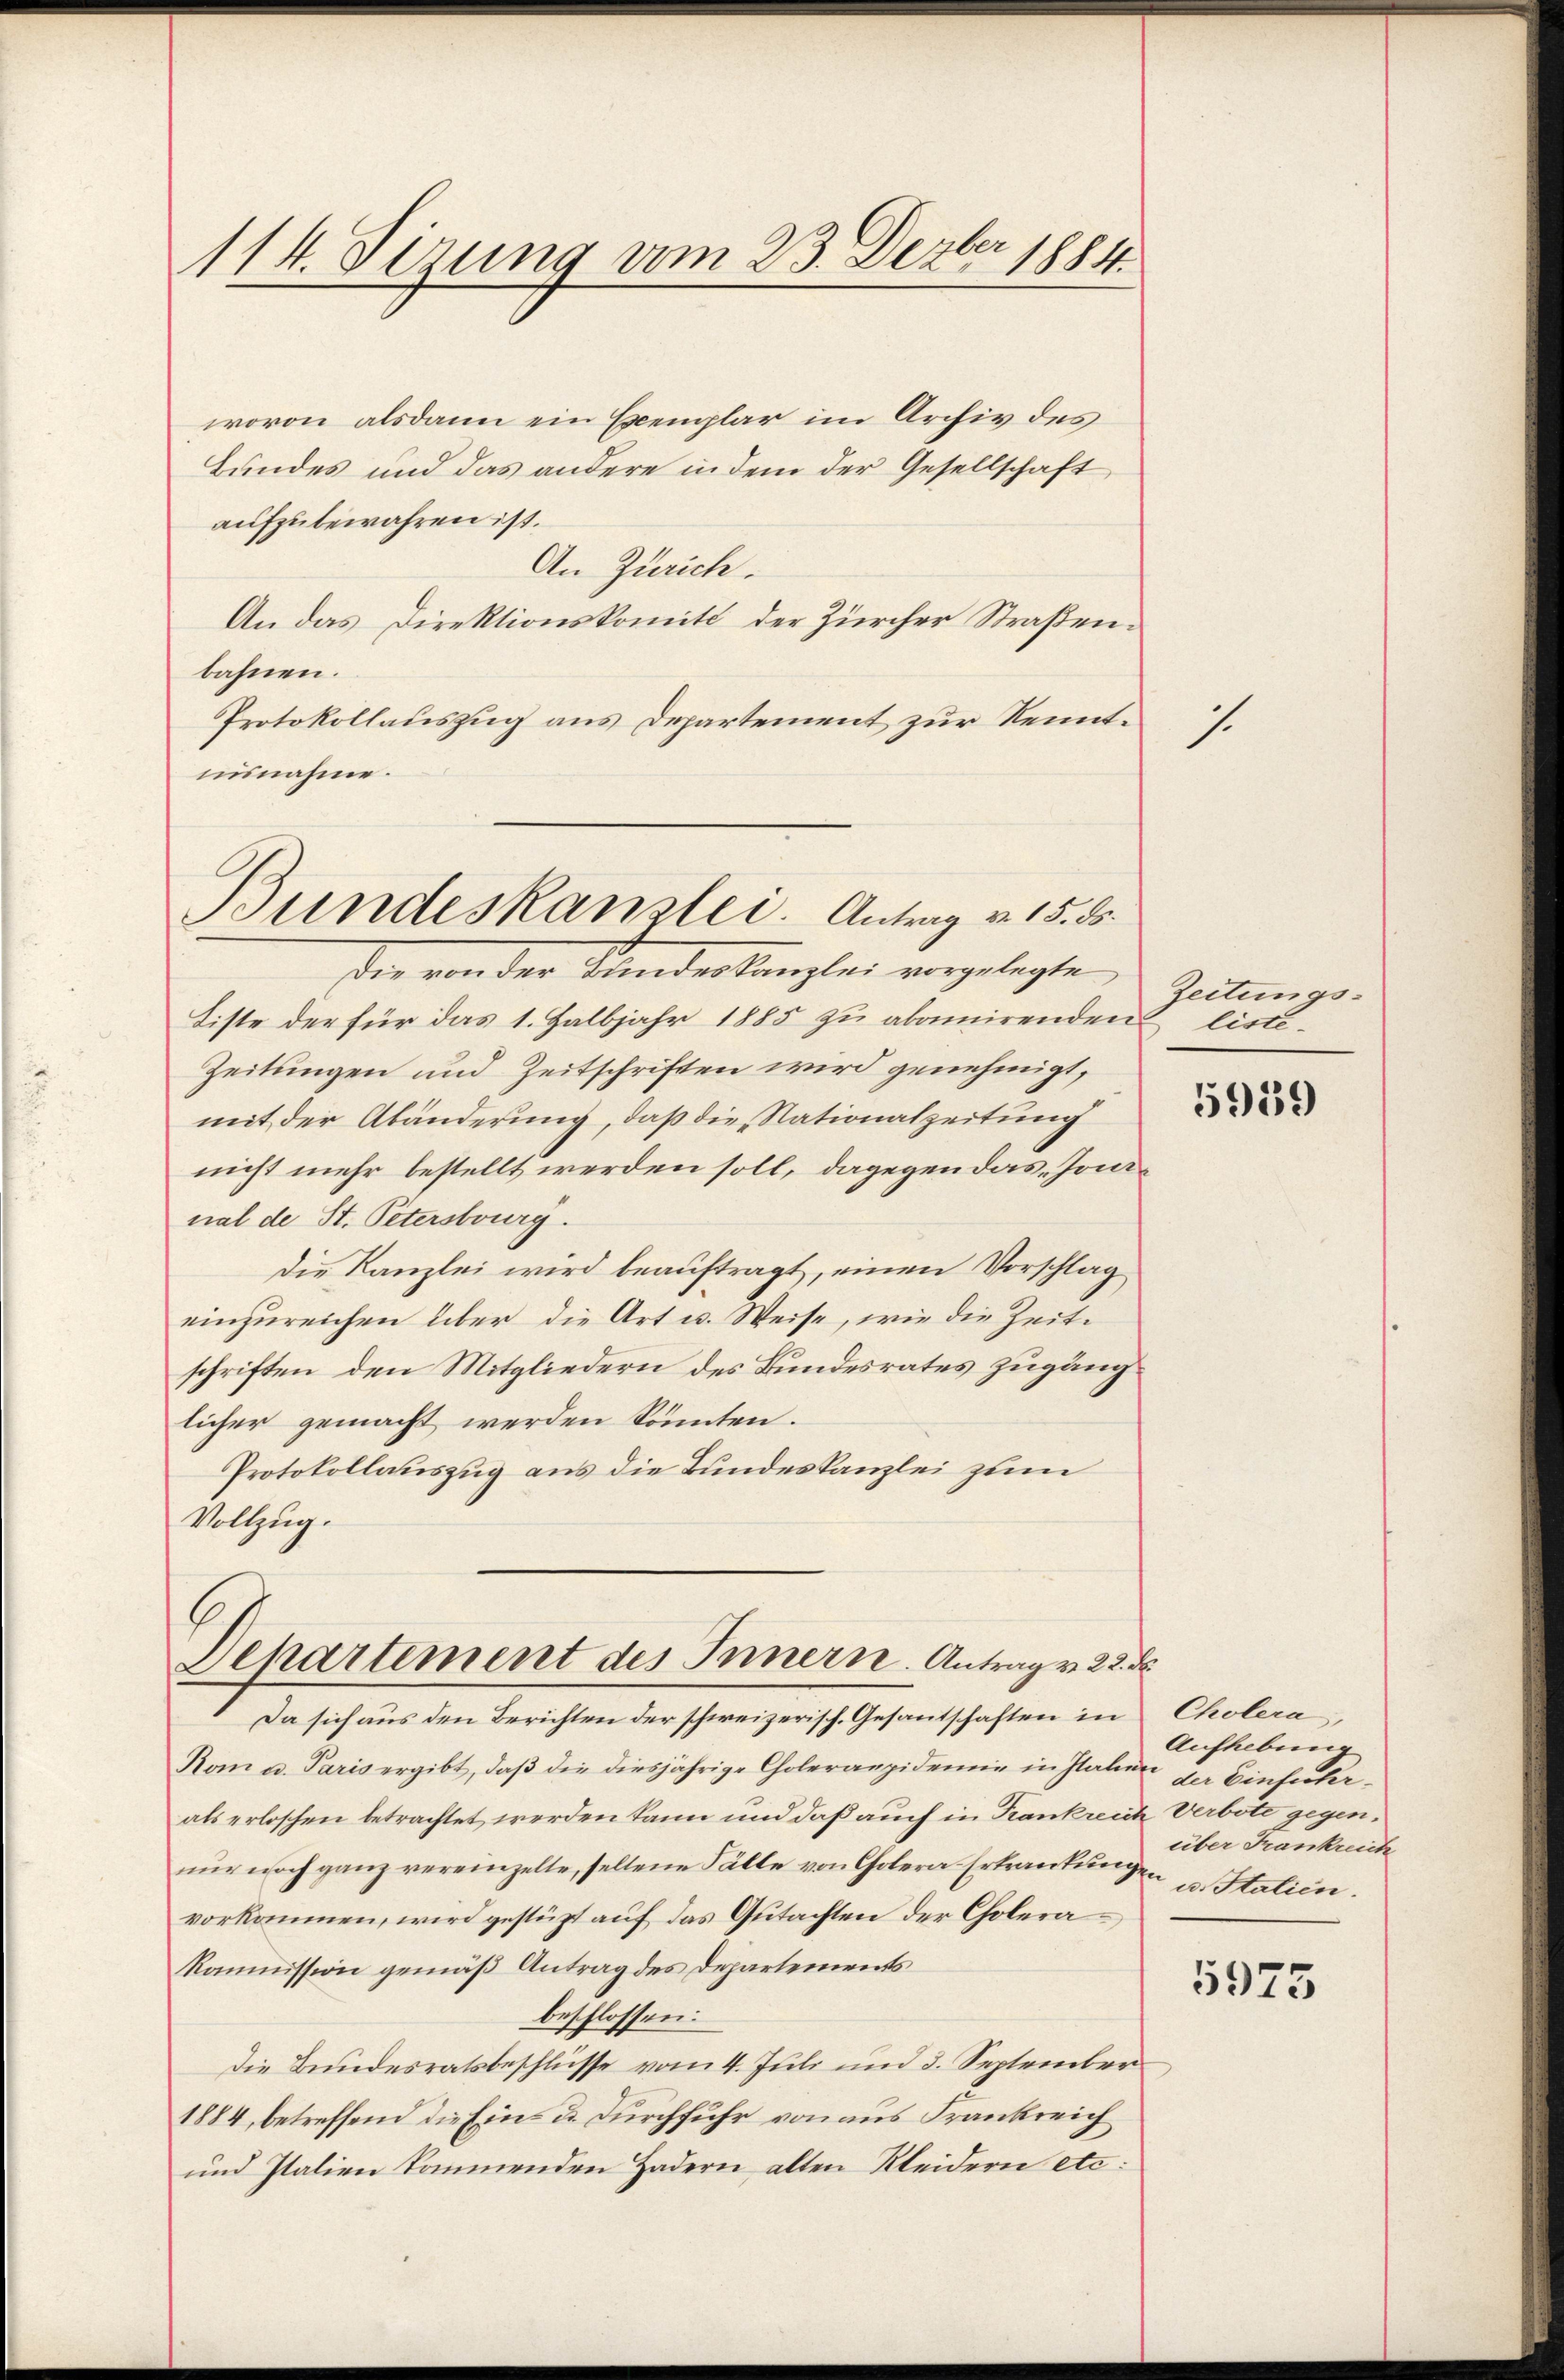
114. dirung vom 23. Dezbr 1884.

wovon alsdann ein Exemplar im Archiv des
Bundes und das andere in dem der Gesellschaft
aufzubewahren ist.
An Zürich.
An das Direktionskomit der Zürcher Straßenbahnen.
Protokollauszug aus Departement zur Kenntuisnahme.

Bundeskanzlei. Antrag v. 15. 85.

Der von der Sandeskanzlei vorgelegte,
Liste der für das 1. Halbjahr 1885 zu abamirenden liste¬
Zeitungen und Zeitschriften wird genehmigt,
mit der Abänderung, daß die Nationalzeitung
nicht mehr bestellt werden soll, dagegen das Jonanal de St. Petersburg.
Die Kanzlei wird beauftragt, einen Vorschlag
einzureichen über die Art u. Weise, wie die Zeitschriften, den Mitgliedern des Bundesrates zugänglicher gemacht werden könnten.
Protokollauszug aus die Bundeskanzlei zum
Vollzug.

Dehartement des Innern. Antrag v. 22. d

Da sich aus den Berichten der schweizerisch. Gesantschaften in Cholera,
Rom u. Paris ergibt, daβ die diesjährige Choleraepidemie in Italien da Einfuhrals erloschen betrachtet werden kann und daß auch in Krankreich Verbote gegennur noch ganz vereinzelte, seltene Fälle von Cholera Erkrankungen u. Statien.
vorkommen, wird gestüzt auf das Gutachten der Cholera¬
Kommission gemäß Antrag des Departements
beschlossen:
Die Bundesratsbeschlüsse vom 4. Juli und 3. September
1884, betreffend die Ein- u. Durchfuhr von aus Frankreich
und Italien kommenden Hadern alten Kleidern etc.

1

Zeitungs¬

5959

Aufhebung
über Frankreiche

5975